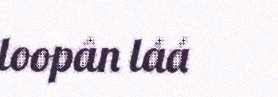
loopân láá